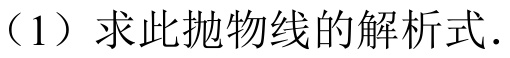
（1）求此抛物线的解析式.